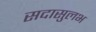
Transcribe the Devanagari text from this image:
सदासुलभ